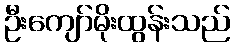
ဦးကျော်မိုးထွန်းသည်